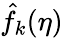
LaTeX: \hat{f}_{k}(\eta)